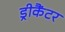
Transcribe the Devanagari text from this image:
ड्रीकैंटर